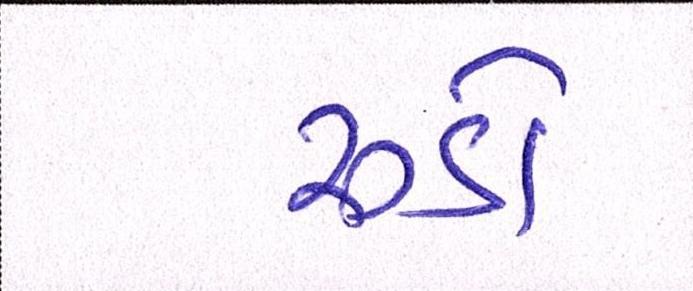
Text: રૂડો